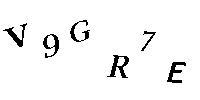
V9GR7E